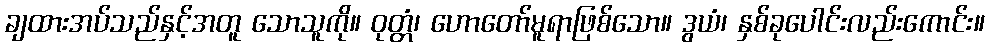
ချထားအပ်သည်နှင့်အတူ သောသူကို။ ဝုတ္တံ၊ ဟောတော်မူရာဖြစ်သော။ ဒွယံ၊ နှစ်ခုပေါင်းလည်းကောင်း။